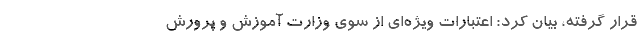
قرار گرفته، بیان کرد: اعتبارات ویژه‌ای از سوی وزارت آموزش و پرورش